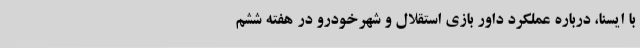
با ایسنا، درباره عملکرد داور بازی استقلال و شهرخودرو در هفته ششم